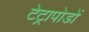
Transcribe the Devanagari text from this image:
टेट्रापोडों